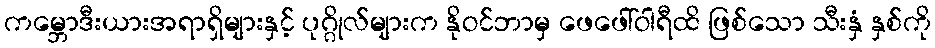
ကမ္ဘောဒီးယားအရာရှိများနှင့် ပုဂ္ဂိုလ်များက နိုဝင်ဘာမှ ဖေဖေါ်ဝါရီထိ ဖြစ်သော သီးနှံ နှစ်ကို